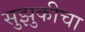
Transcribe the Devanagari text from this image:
सुझुकीचा